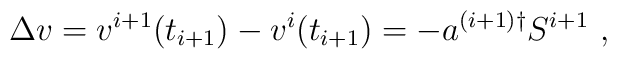
\Delta v = v^{i+1}(t_{i+1})-v^{i}(t_{i+1}) = - a^{(i+1)\dagger}S^{i+1} ~,